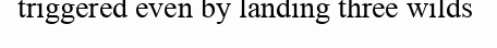
triggered even by landing three wilds